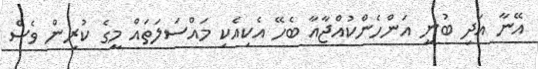
އޭނާ އަދި ބުނީ އަންހެންކުއްޖާއާ ބެހޭ އެކިއެކި މައްސަލަތައް މީގެ ކުރިން ވެސް